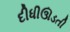
દીધીઊડતી